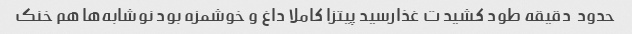
حدود  دقیقه طود کشید ت غذارسید پیتزا کاملا داغ و خوشمزه بود نوشابه‌ها هم خنک